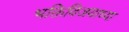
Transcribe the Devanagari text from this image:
भक्तिविजयाच्या